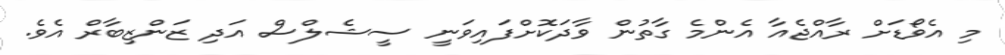
މި އެވޯޑަށް ރާއްޖެއާ އެންމެ ގާތުން ވާދަކޮށްފައިވަނީ ސީޝެލްސް އަދި ޒަންޒިބާރް އެވެ.